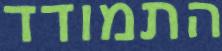
התמודד